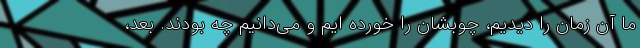
ما آن زمان را دیدیم، چوبشان را خورده ایم و می‌دانیم چه بودند. بعد،